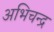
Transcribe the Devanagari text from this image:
अभिचन्द्र